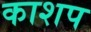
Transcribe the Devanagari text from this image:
काशप